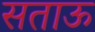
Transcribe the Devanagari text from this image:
सताऊ